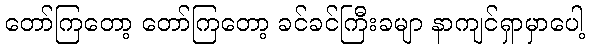
တော်ကြတော့ တော်ကြတော့ ခင်ခင်ကြီးခမျာ နာကျင်ရှာမှာပေါ့